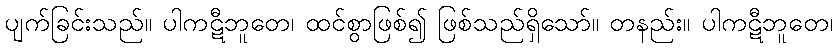
ပျက်ခြင်းသည်။ ပါကဋီဘူတေ၊ ထင်စွာဖြစ်၍ ဖြစ်သည်ရှိသော်။ တနည်း။ ပါကဋီဘူတေ၊